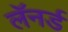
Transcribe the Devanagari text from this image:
लॅनर्ड